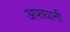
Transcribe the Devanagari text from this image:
अफघानी